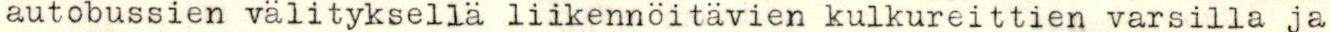
autobussien välityksellä liikennöitävien kulkureittien varsilla ja